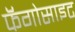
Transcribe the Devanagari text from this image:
फॅगोसाइट